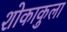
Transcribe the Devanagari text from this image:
शोकाकुला